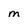
Character: m